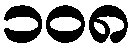
၁၀၈